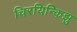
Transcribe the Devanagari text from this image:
चिरयिन्किझु